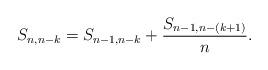
LaTeX: \begin{align*}S_{n,n-k} = S_{n-1,n-k}+\frac{S_{n-1,n-(k+1)}}{n}. \end{align*}